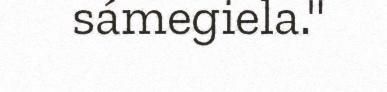
sámegiela."